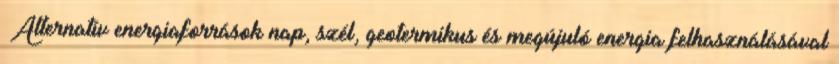
▪Alternatív energiaforrások nap, szél, geotermikus és megújuló energia felhasználásával